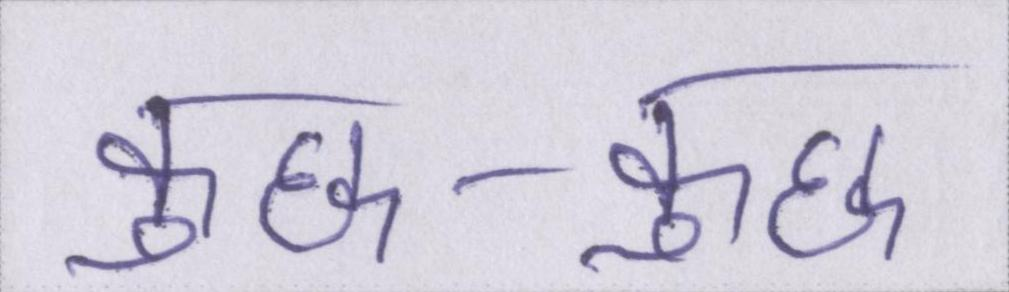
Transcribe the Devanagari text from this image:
कुछ-कुछ